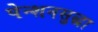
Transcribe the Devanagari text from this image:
पेन्शनसुद्धा